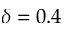
\delta = 0 . 4